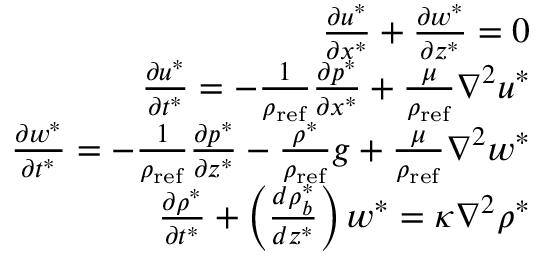
\begin{array} { r l r } & { } & { \frac { \partial u ^ { * } } { \partial x ^ { * } } + \frac { \partial w ^ { * } } { \partial z ^ { * } } = 0 } \\ & { } & { \frac { \partial u ^ { * } } { \partial t ^ { * } } = - \frac { 1 } { \rho _ { \mathrm { r e f } } } \frac { \partial p ^ { * } } { \partial x ^ { * } } + \frac { \mu } { \rho _ { \mathrm { r e f } } } \nabla ^ { 2 } u ^ { * } } \\ & { } & { \frac { \partial w ^ { * } } { \partial t ^ { * } } = - \frac { 1 } { \rho _ { \mathrm { r e f } } } \frac { \partial p ^ { * } } { \partial z ^ { * } } - \frac { \rho ^ { * } } { \rho _ { \mathrm { r e f } } } g + \frac { \mu } { \rho _ { \mathrm { r e f } } } \nabla ^ { 2 } w ^ { * } } \\ & { } & { \frac { \partial \rho ^ { * } } { \partial t ^ { * } } + \left( \frac { d \rho _ { b } ^ { * } } { d z ^ { * } } \right) w ^ { * } = \kappa \nabla ^ { 2 } \rho ^ { * } } \end{array}